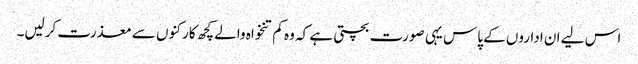
اس لیے ان اداروں کے پاس یہی صورت بچتی ہے کہ وہ کم تنخواہ والے کچھ کارکنوں سے معذرت کرلیں۔